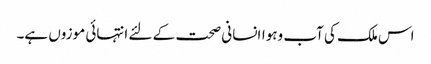
اس ملک کی آب وہواانسانی صحت کے لئے انتہائی موزوں ہے۔